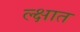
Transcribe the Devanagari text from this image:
ल्क्षात